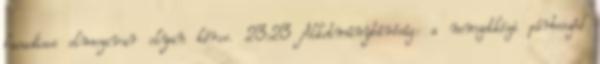
hasadásos elmezavar olyan kóros. 23:23 Alkotmánybíróság: a nemzetközi párbeszéd